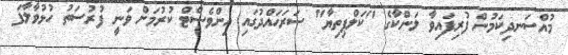
މުއްސަނދިކަމުން ފުރިފައިވާ ލަންކާގެ "ކަލްޕިތިޔާ" ސަރަހައްދުގައި އިންވެސްޓް ކުރުމަށް ވަނީ ފުރުސަތު ހުޅުވާލާފަ